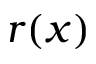
r ( x )